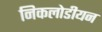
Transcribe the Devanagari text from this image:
निकलोडीयन